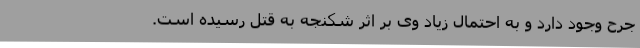
جرح وجود دارد و به احتمال زیاد وی بر اثر شکنجه به قتل رسیده است.